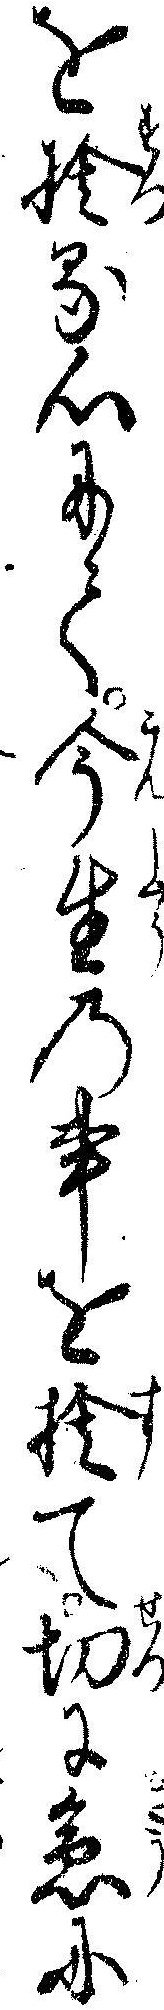
を捨る心にて今生の事を捨て切に急に